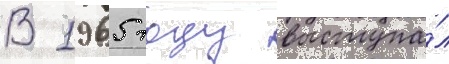
В 1965 году выступа́л